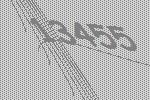
13455